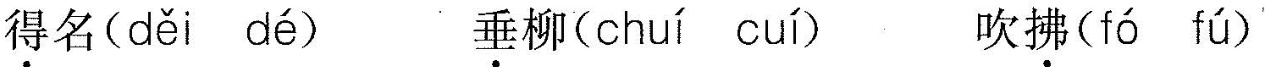
得名( děi dé ) 垂柳(chui cuí ) 吹拂( tá tú )